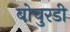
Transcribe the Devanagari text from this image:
बोचुरडी